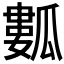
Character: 𤬏